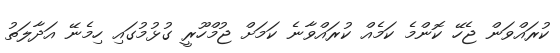
ކުރައްވަން ޖެހޭ ކޮންމެ ކަމެއް ކުރައްވާނެ ކަމަށް ޖުމްހޫރީ ގުޅުމުގައި ހިމެނޭ އަދާލަތު